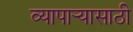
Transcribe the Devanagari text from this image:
व्यापार्‍यासाठी